Calcutta medical institutions reports 1892-1900
Year: 1892
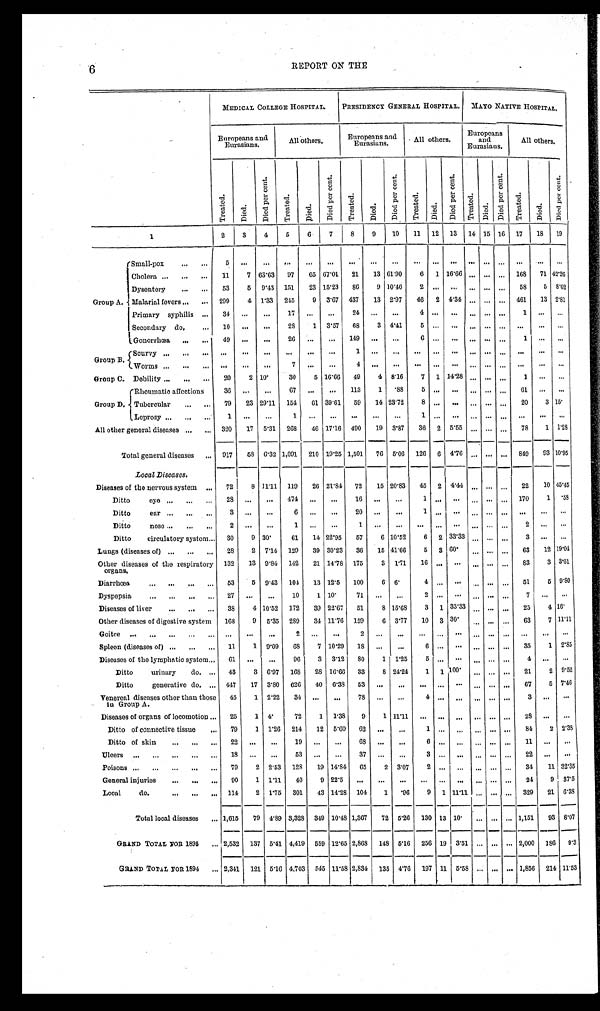
6
REPORT ON THE
MEDICAL COLLEGE HOSPITAL.
PRESIDENCY GENERAL HOSPITAL.
MAYO NATIVE HOSPITAL.
Europeans and
Eurasians.
All others,
Europeans and
Eurasians.
All others.
Europeans and
Eurasians.
Al l ot her s.
T r e a t e d .
Died.
D i e d p e r c e n t .
T r e a t e d .
D i e d .
D i e d p e r c e n t .
T r e a t e d .
D i e d .
D i e d p e r c e n t .
T r e a t e d .
D i e d .
D i e d p e r c e n t .
Treated.
D i e d .
D i e d p e r c e n t .
T r e a t e d .
Di ed.
D i e d p e r c e n t .
2
3
4
5 6
7
8
9
10
11
1 2 1 3
14 15 16 17
18
19
1
. . .
. . .
. . .
. . .
. . .
. . . . . .
. . . . . .
. . .
. . . . . . . . .
. . .
. . .
Group A.
Small-pox . . .
5
. . .
. . .
Cholera . . .
11
7 63.63
97
65 67.01
21
13 61.90
6 1 16.66 . . .
. . .
. . . 168
71 42.26
Dysentery . . .
53
5 9.43 151
23 15.23
86
9 10.46
2
. . . . . . . . .
. . .
. . . 58
5 8.62
Malarial fevers . . . 299
4 1.33 245
9 3.67 437
13 2.97
46 2 4.34 . . .
. . .
. . . 461
13 2 . 8 1
Primary syphilis . . .
34
. . . . . .
17
. . .
. . .
24
. . .
. . .
4
. . .
. . .
. . .
. . .
. . .
1 . . .
. . .
Secondary do. . . . 10
. . .
. . .
28
1 3.57
68
3 4.41
5
. . .
. . . . . .
. . . . . .
. . .
. . .
. . .
Gonorrhœa . . .
49
. . .
. . .
26
. . .
. . .
149
. . .
. . .
6
. . .
. . . . . .
. . .
. . . 1
. . .
. . .
Group B.
S c u r v y . . .
. . .. . .
. . . . . . . . .
. . . 1
. . .
. . .
. . .
. . .
. . . . . .
. . .
. . .
. . . . . .
. . .
W o r m s . . .
. . .
. . . . . .
7
. . .
. . .
4
. . .
. . .
. . .
. . .
. . . . . .
. . .
. . .
. . . . . .
. . .
Group C. Debility . . .
20
2 10.
30
5 16.66
49
4 8.16
7 1 14.28 . . .
. . .
. . .
1
. . .
. . .
Group D.
Rheumatic affections
36
. . .
. . .
67
. . .
. . .
113
1 .88
5
. . .
. . . . . .
. . .
. . . 61
. . .
. . .
Tubercular
. . . 79
23 29.11 154
61 39.61
59
14 23.72
8
. . . . . . . . .
. . .
. . . 20
3 1 5 .
Leprosy . . .
1
. . .
. . .
1
. . .
. . .
. . .
. . .
. . .
1
. . .
. . . . . .
. . .
. . .
. . .
. . .
. . .
All other general diseases . . . 320
17 5.31 268
46 17.16 490
19 3.87
36 2 5.55
. . .
. . .
. . . 78
1 1 . 2 8
Total general diseases . . . 917
58 6.32 1,091 210 19.25 1,501
76 5.06 126 6 4.76
. . .
. . .
. . . 849
93 10. 95
Local Diseases.
Diseases of the nervous system . . . 72
8 11.11 119
26 21.84
72
15 20.83
45 2 4.44
. . .
. . .
. . . 22
10 45.45
Ditto eye . . .
28
. . .
. . . 474
. . .
. . .
16
. . .
. . .
1
. . .
. . .
. . .
. . .
. . . 170
1 . 58
Ditto ear . . .
3
. . .
. . .
6
. . .
. . .
2 0
. . .
. . .
1
. . .
. . .
. . .
. . .
. . .
. . .
. . .
. . .
Ditto nose . . .
2
. . .
. . .
1
. . .
. . .
1
. . .
. . .
. . .
. . .
. . . . . .
. . .
. . .
2
. . .
. . .
Ditto circulatory system . . . 30
9 30.
61
14 22.95
57
6 10.52
6 2 33.33
. . .
. . .
. . .
3
. . .
. . .
Lungs (diseases of) . . . 28
2 7.14 129
39 30.23
36
15 41.66
5 3 60.
. . .
. . . . . .
63
12 19. 04
Other diseases of the respiratory
organs.
132
13 9.84 142
21 14.78 175
3 1.71
16
. . . . . .
. . .
. . . . . . 83
3 3.61
Diarrhœa . . . 53
5 9.43 104 13 12.5
100
6 6.
4
. . . . . .
. . .
. . . . . . 51
5
9 . 8 0
Dyspepsia . . . 27
. . .
. . . 10
1 10.
71
. . .
. . .
2
. . .
. . .
. . .
. . . . . .
7
. . .
. . .
Diseases of liver . . . 38
4 10.52 172
39 22.67
51
8 15.68
3 1 33.33
. . . . . . . . .
25
4 1 6 .
Other diseases of digestive system
168
9 5.35 289
34 11.76 159
6 3.77
10 3 30.
. . .
. . . . . .
63
7 11. 11
G o i t r e . . .
. . .
. . .
. . .
2
. . .
. . .
2
. . .
. . .
. . .
. . .
. . .
. . .
. . . . . .
. . .
. . .
. . .
Spleen (diseases of) . . . 11
1 9.09
6 8
7 10.29
18
. . .
. . .
6
. . .
. . .
. . .
. . . . . .
35
1 2.85
Diseases of the lymphatic system . . . 61
. . .
. . .
96
3 3.12
80
1 1.25
5
. . . . . .
. . .
. . . . . .
4
. . .
. . .
Ditto urinary do. . . . 43
3 6.97 168 28 16.66
33
8 24.24
1
1
1 0 0 .
. . .
. . . . . . 21
2 9.52
Ditto generative do.
. . . 447
17 3.80 626
40 6.38
53
. . .
. . .
. . .
. . . . . .
. . .
. . . . . .
67
5 7.46
Venereal diseases other than those
in Group A.
45
1 2.22 34
. . .
. . .
78
. . .
. . .
4
. . .
. . .
. . .
. . .
. . .
3
. . .
. . .
Diseases of organs of locomotion . . . 25
1 4.
72
1 1.38
9
1 11.1
. . . . . . . . .
. . . . . .
. . . 28
. . .
. . .
Ditto of connective tissue . . . 79
1 1.26 214
12 5.60
62
. . .
. . .
1
. . . . . .
. . .
. . .
. . . 84
2 2. 38
Ditto of skin . . . 22
. . .
. . .
19
. . .
. . .
68
. . .
. . .
6
. . .
. . .
. . .
. . . . . . 11
. . .
. . .
Ulcers . . . 18
. . .
. . .
53
. . .
. . .
37
. . .
. . .
3
. . .
. . .
. . .
. . . . . .
2 2
. . .
. . .
Poisons . . . 79
2 2.53 128
19 14.84
65
2 3.07
2
. . . . . .
. . . . . .
. . . 34
11 32.35
General injuries . . . 90
1 1.11 40
9 22.5
. . .
. . .
. . .
. . .
. . . . . .
. . .
. . .
. . . 24
9 37.5
Local do. . . . 114
2 1.75 301
43 14.28 104
1
.96
9 1 11.11
. . .
. . .
. . . 329
21 6.38
Total local diseases . . . 1,615
79 4.89 3,328 349 10.48 1,367
72 5.26 130 13 10.
. . .
. . .
. . . 1,151
93 8.07
GRAND TOTAL FOR 1895 . . . 2,532 137 5.41 4,419 559 12.65 2,868 148 5.16 256 19 3.51
. . .
. . .
. . . 2,000 186 9.3
GRAND TOTAL FOR 1894 . . . 2,341 121 5.16 4,703 545 11.58 2,834 135 4.76 197 11 5.58
. . .
. . .
. . . 1,856 214 11.53